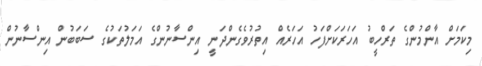
މިކަމަށް އާންމުންގެ ތަރްހީބު އަހަރަކަށްފަހު އަހަރެއް އިތުރުވެގެންދަނީ އިންސާނުންގެ އަމަލުތަކުގެ ސަބަބުން އިންސާނުން